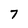
Character: 7